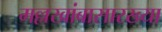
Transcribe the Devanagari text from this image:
मल्लखांबासारख्या